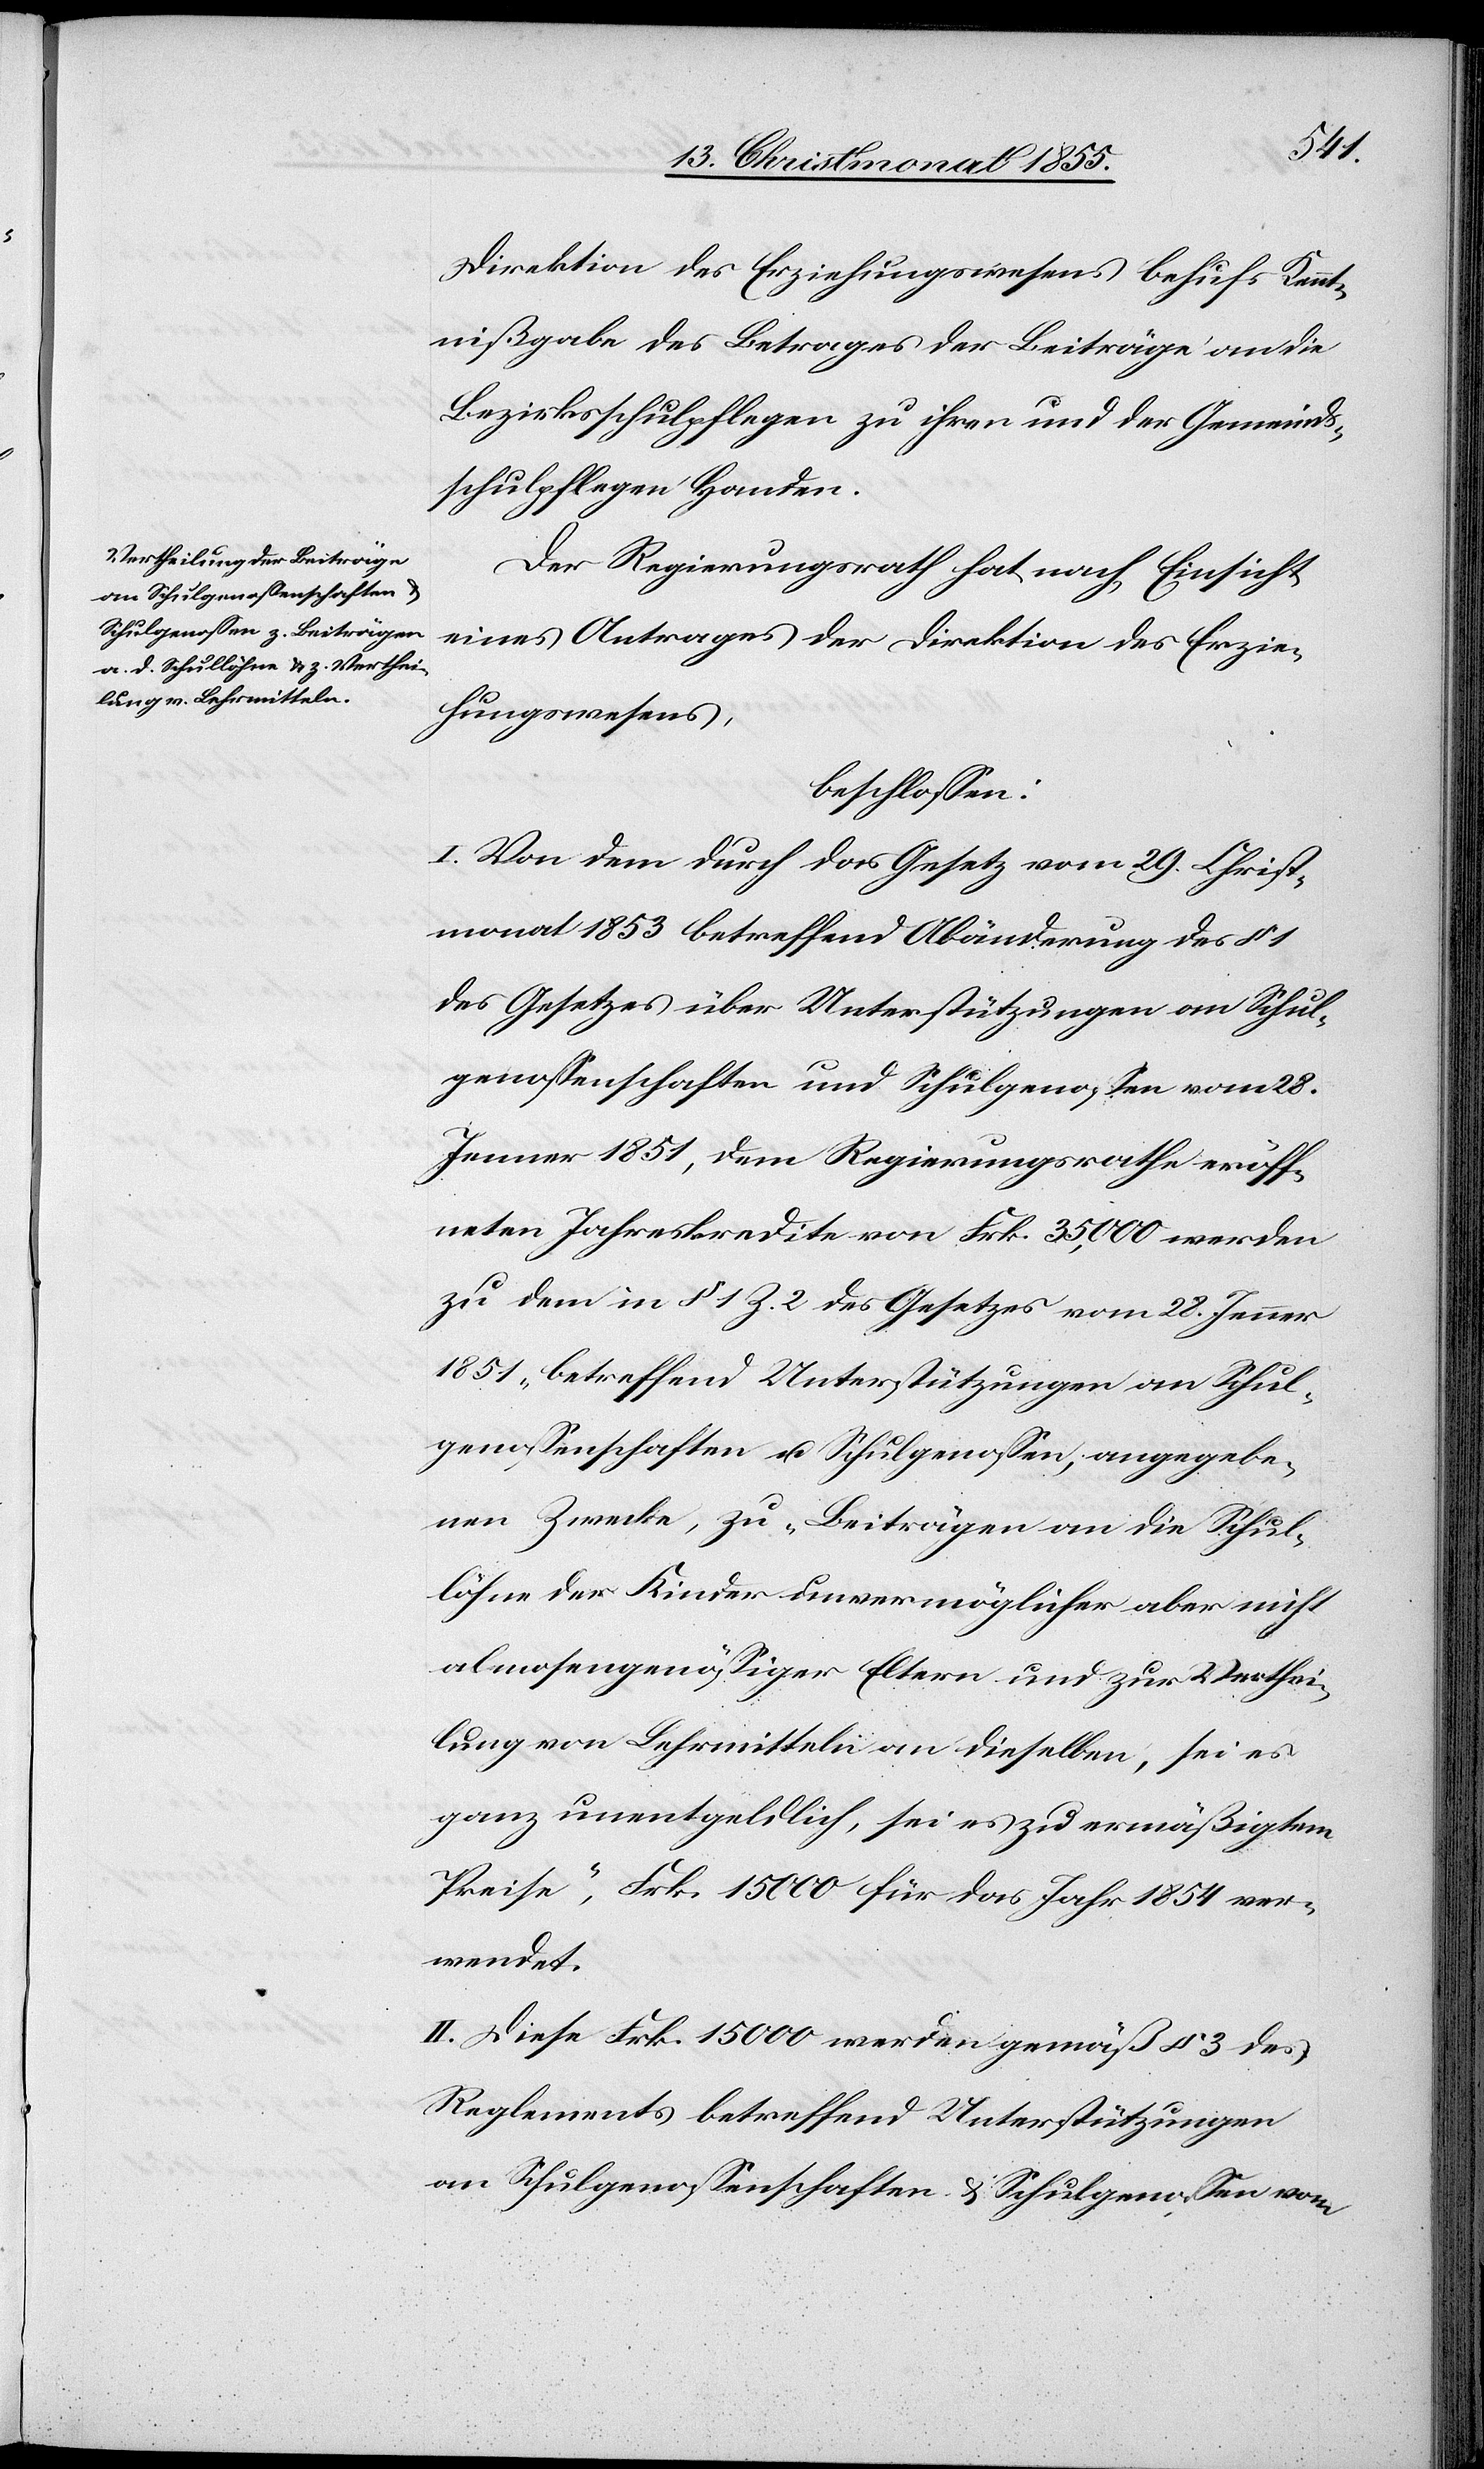
Direktion des Erziehungswesens behufs Kennt¬
nißgabe des Betrages der Beiträge an die
Bezirksschulpflegen zu ihren und der Gemeinds¬
schulpflegen Handen.
Der Regierungsrath hat nach Einsicht
eines Antrages der Direktion des Erzie¬
hungswesens,
beschlossen:
I. Von dem durch das Gesetz vom 29. Christ¬
monat 1853 betreffend Abänderung des § 1
des Gesetzes über Unterstützungen an Schul¬
genossenschaften und Schulgenossen vom 28.
Jenner 1851, dem Regierungsrathe eröff¬
neten Jahreskredite von Frk. 35,000 werden
zu dem in § 1 Z. 2 des Gesetzes vom 28. Jenner
1851 betreffend Unterstützungen an Schul¬
genossenschaften u. Schulgenossen, angegebe¬
nen Zwecke, zu „Beiträgen an die Schul¬
löhne der Kinder unvermöglicher aber nicht
almosengenössiger Eltern und zur Verthei¬
lung von Lehrmitteln an dieselben, sei es
ganz unentgeldlich, sei es zu ermäßigtem
Preise“, Frk. 15 000 für das Jahr 1854 ver¬
wendet.
II. Diese Frk. 15 000 werden gemäß § 3 des
Reglements betreffend Unterstützungen
an Schulgenossenschaften & Schulgenossen vom